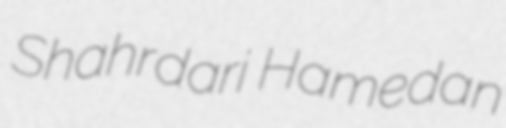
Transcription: Shahrdari Hamedan